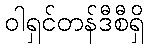
ဝါရှင်တန်ဒီစီရှိ